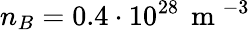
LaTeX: n_{B}=0.4\cdot 10^{28}\, \mathrm{~m~}^{-3}